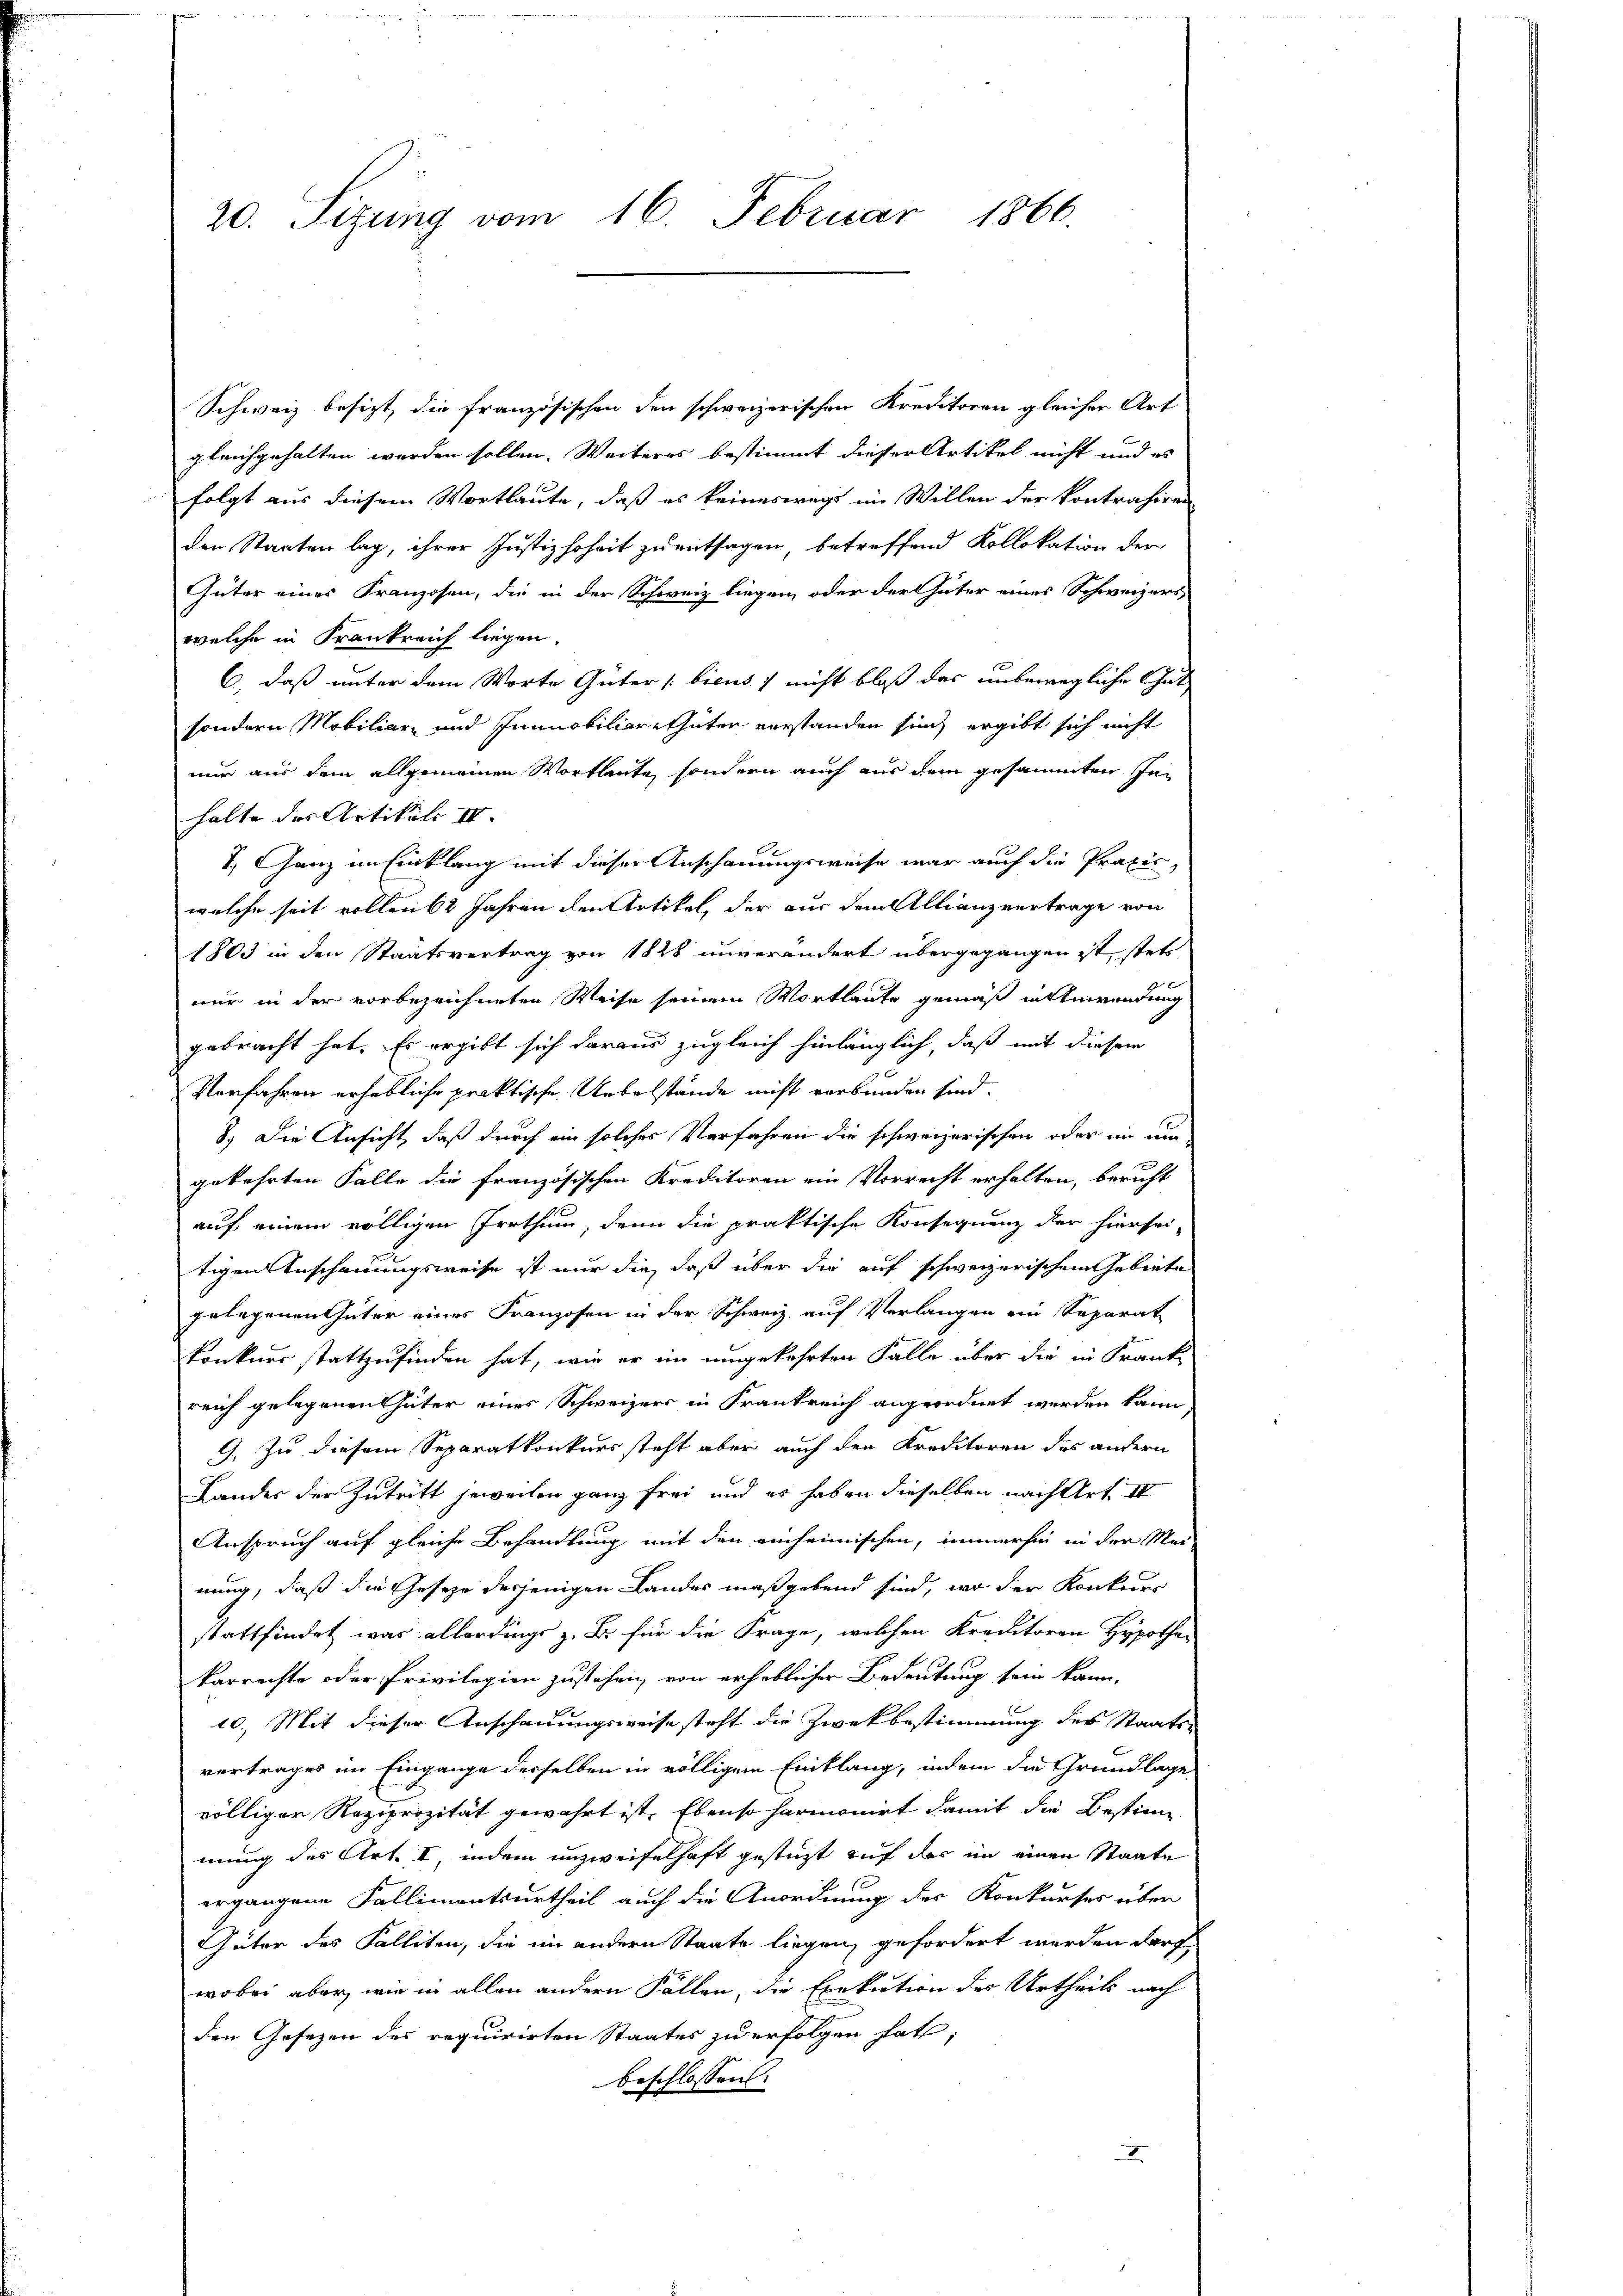
20. Sizung vom 16. Februar 1866.

Schweiz besizt, die französischen den schweizerischen Kreditoren gleicher Art
gleichgehalten worden sollen. Weiteres bestimmt dieser Artikel nicht und es
folgt aus diesem Wortlaute, daß es keineswegs im Willen der kontrahiren
den Staaten lag, ihrer Justiz hoheit zu entsagen, betreffend Kollokation der
Güter eines Franzosen, die in der Schweiz liegen, oder der Güter eines Schweizers
welche in Frankreich liegen.
C., daß unter dem Worte Güter biens) nicht bloß das unbewegliche Gutsondern Mobiliar- und Innnobiliar-Thüten vorstanden sich ergibt sich nicht
nur aus dem allgemeinen Wortlaute, sondern auch aus dem gesammten Inhalte des Artikel II.
7. Ganz im Einklang mit dieser Anschauungsweise war auch die Praxis,
welche seit vollen 62 Jahren den Artikel, der aus dem Allianzvertrage von
1803 in den Staatsvertrag von 1828 unverändert übergegangen ist, stets
nur in der vorbezeichneten Weise seinem Wortlaute gemäß in Anwendung
gebracht hat. Es ergibt sich daraus zugleich hinlänglich, daß mit diesem
Verfahren erhebliche praktische Uebelstände nicht verbunden sind.
8.) Die Ansicht, daß durch ein solches Verfahren die schweizerischen oder in um
gekehrten Falle die französischen Kreditoren ein Vorrecht erhalten, bericht
auf einem völligen Irrthum, denn die praktische Konsequenz der hiersei-
tigen Anschauungsweise ist nur die, daß über die auf schweizerischem Gebiete
gelegenen Güter eines Franzosen in der Schweiz auf Verlangen ein Separat
konkner stattzufinden hat, wie er im umgekehrten Falle über die in Krank
reich gelegenen Güter eines Schweizers in Frankreich angeordnet werden kann,
G. Zu diesem Separatkonkurs steht aber auch den Kreditoren des andern
Landes der Zutritt jeweilen ganz frei und er haben dieselben nach Art. II
Anspruch auf gleiche Behandlung mit den einheimischen, immerhin in der Meinung, daß die Geseze derjenigen Landes maßgebend sind, wo der Konkurs
stattfindet war allerdings z. B. für die Frage, welchen Kreditoren Hypothe-
karrechte oder Privilegion zustehen, von erheblicher Bedeutung sein kann,
10.) Mit dieser Anschauungsweise steht die Zwekbestimmung des Staats-
vertrages im Eingange derselben in völligem Einklang, indem die Grundlage
völliger Regiprozität gewahrt ist. Ebenso harmonirt damit die Bestimmung des Art. I, indem unzweifelhaft gestüzt auf das im einen Staate
.
ergangene Fallimontsurtheil auch die Anordnung der Konkurses über
Güter des Falliten, die im andern Staate liegen, gefordert werden darf,
wobei aber, wie in allen andern Fällen, die Exekution des Urtheils nach
den Gesezen des requirirten Staates zu erfolgen hat,
beschlossen: